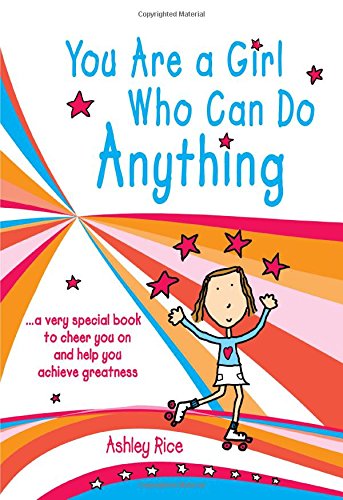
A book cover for You Are a Girl Who Can Do Anything: A Very Special Book to Cheer You on and Help You Achieve Greatness; Ashley Rice; Teen & Young Adult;